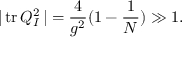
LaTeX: \vert \, \mathrm { t r } \, Q _ { I } ^ { 2 } \, \vert = \frac { 4 } { g ^ { 2 } } ( 1 - \frac { 1 } { N } ) \gg 1 .